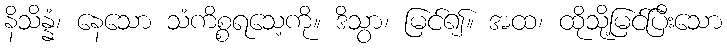
နိသိန္နံ၊ နေသော သံကိစ္စရသေ့ကို။ ဒိသွာ၊ မြင်၍။ အထ၊ ထိုသို့မြင်ပြီးသော